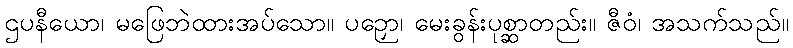
ဌပနီယော၊ မဖြေဘဲထားအပ်သော။ ပဉှော၊ မေးခွန်းပုစ္ဆာတည်း။ ဇီဝံ၊ အသက်သည်။